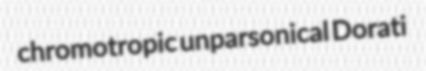
chromotropic unparsonical Dorati